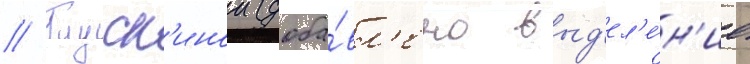
// Глуск'инои (доба́вл'ено выд'ел'е́н'ие